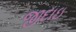
જીદાઇ